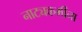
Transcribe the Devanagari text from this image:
नाट्यकर्मींना